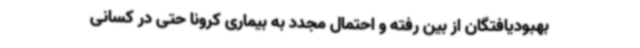
بهبودیافتگان از بین رفته و احتمال مجدد به بیماری کرونا حتی در کسانی